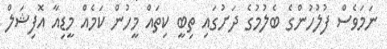
ނަމަވެސް ފުލުހުންގެ ބެލުމުގެ ދަށުގައި ތިބީ ކިތައް މީހުން ކަމެއް މީޑިއާ އޮފިޝަލް